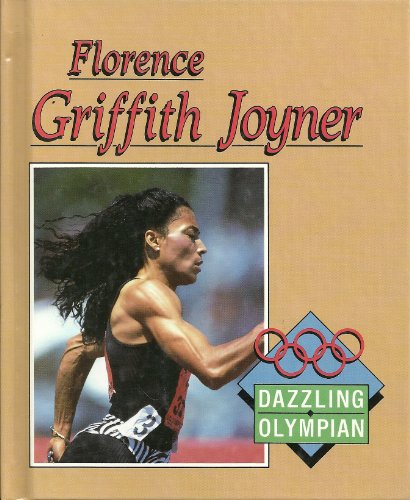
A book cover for Florence Griffith Joyner: Dazzling Olympian (Achievers); Nathan Aaseng; Children's Books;